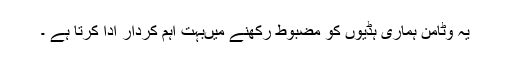
یہ وٹامن ہماری ہڈیوں کو مضبوط رکھنے میںبہت اہم کردار ادا کرتا ہے ۔